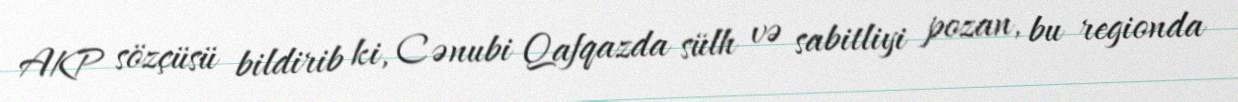
AKP sözçüsü bildirib ki, Cənubi Qafqazda sülh və sabitliyi pozan, bu regionda